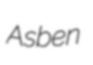
Asben